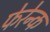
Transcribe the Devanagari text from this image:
फेरेन्क